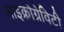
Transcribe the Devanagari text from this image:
माइक्रोग्रेविटी